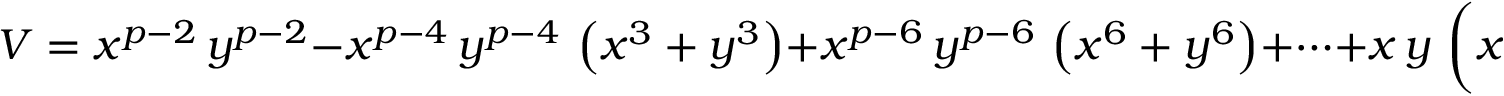
V = { x ^ { p - 2 } } \, { y ^ { p - 2 } } - { x ^ { p - 4 } } \, { y ^ { p - 4 } } \, \left( { x ^ { 3 } } + { y ^ { 3 } } \right) + { x ^ { p - 6 } } \, { y ^ { p - 6 } } \, \left( { x ^ { 6 } } + { y ^ { 6 } } \right) + \cdots + x \, y \, \left( { x ^ { 3 \, { \frac { p - 3 } { 2 } } } } + { y ^ { 3 \, { \frac { p - 3 } { 2 } } } } \right)